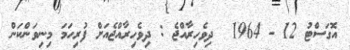
އޮގަސްޓު 12 - 1964  ދިވެހިރާއްޖެ : ދިވެހިރާއްޖެއަށް ފުރިހަމަ މިނިވަންކަން